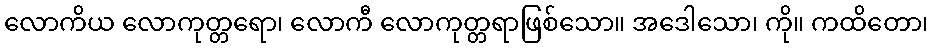
လောကိယ လောကုတ္တရော၊ လောကီ လောကုတ္တရာဖြစ်သော။ အဒေါသော၊ ကို။ ကထိတော၊